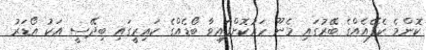
ކޮންމެ ކެފޭއެއްގެ ބޭރުގައި މެނޫ ހަރުކޮށްފައިވާ ބޯޑެއްގެ ކައިރީގައި ބިދޭސީ އަކު އޯޑަރު